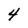
Character: 4